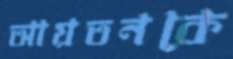
আয়তনকে